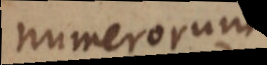
numerorum